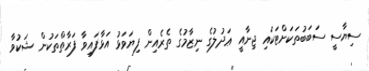
ސިޔާސީ ސަބަބުތަކަށްޓަކައި ޖިނާއީ ޢަދުލުގެ ނިޒާމުގެ ތެރެއިން ފިޔަވަޅު އަޅާފައިވާ ފަރާތްތަކުން ޝަކުވާ